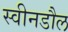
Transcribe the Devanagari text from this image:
स्वीनडौल